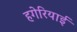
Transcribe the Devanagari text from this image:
हगेरियाई